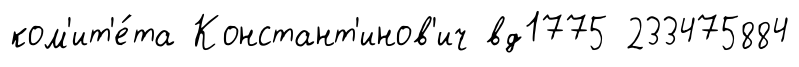
ком'ит'е́та Констант'инов'ич вд1775 233475884